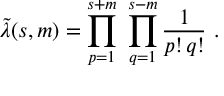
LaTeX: \tilde { \lambda } ( s , m ) = \prod _ { p = 1 } ^ { s + m } \ \prod _ { q = 1 } ^ { s - m } { \frac { 1 } { p ! \, q ! } } \ .